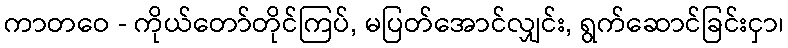
ကာတဝေ - ကိုယ်တော်တိုင်ကြပ်, မပြတ်အောင်လျှင်း, ရွက်ဆောင်ခြင်းငှာ၊